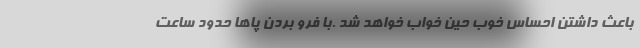
باعث داشتن احساس خوب حین خواب خواهد شد .با فرو بردن پاها حدود ساعت